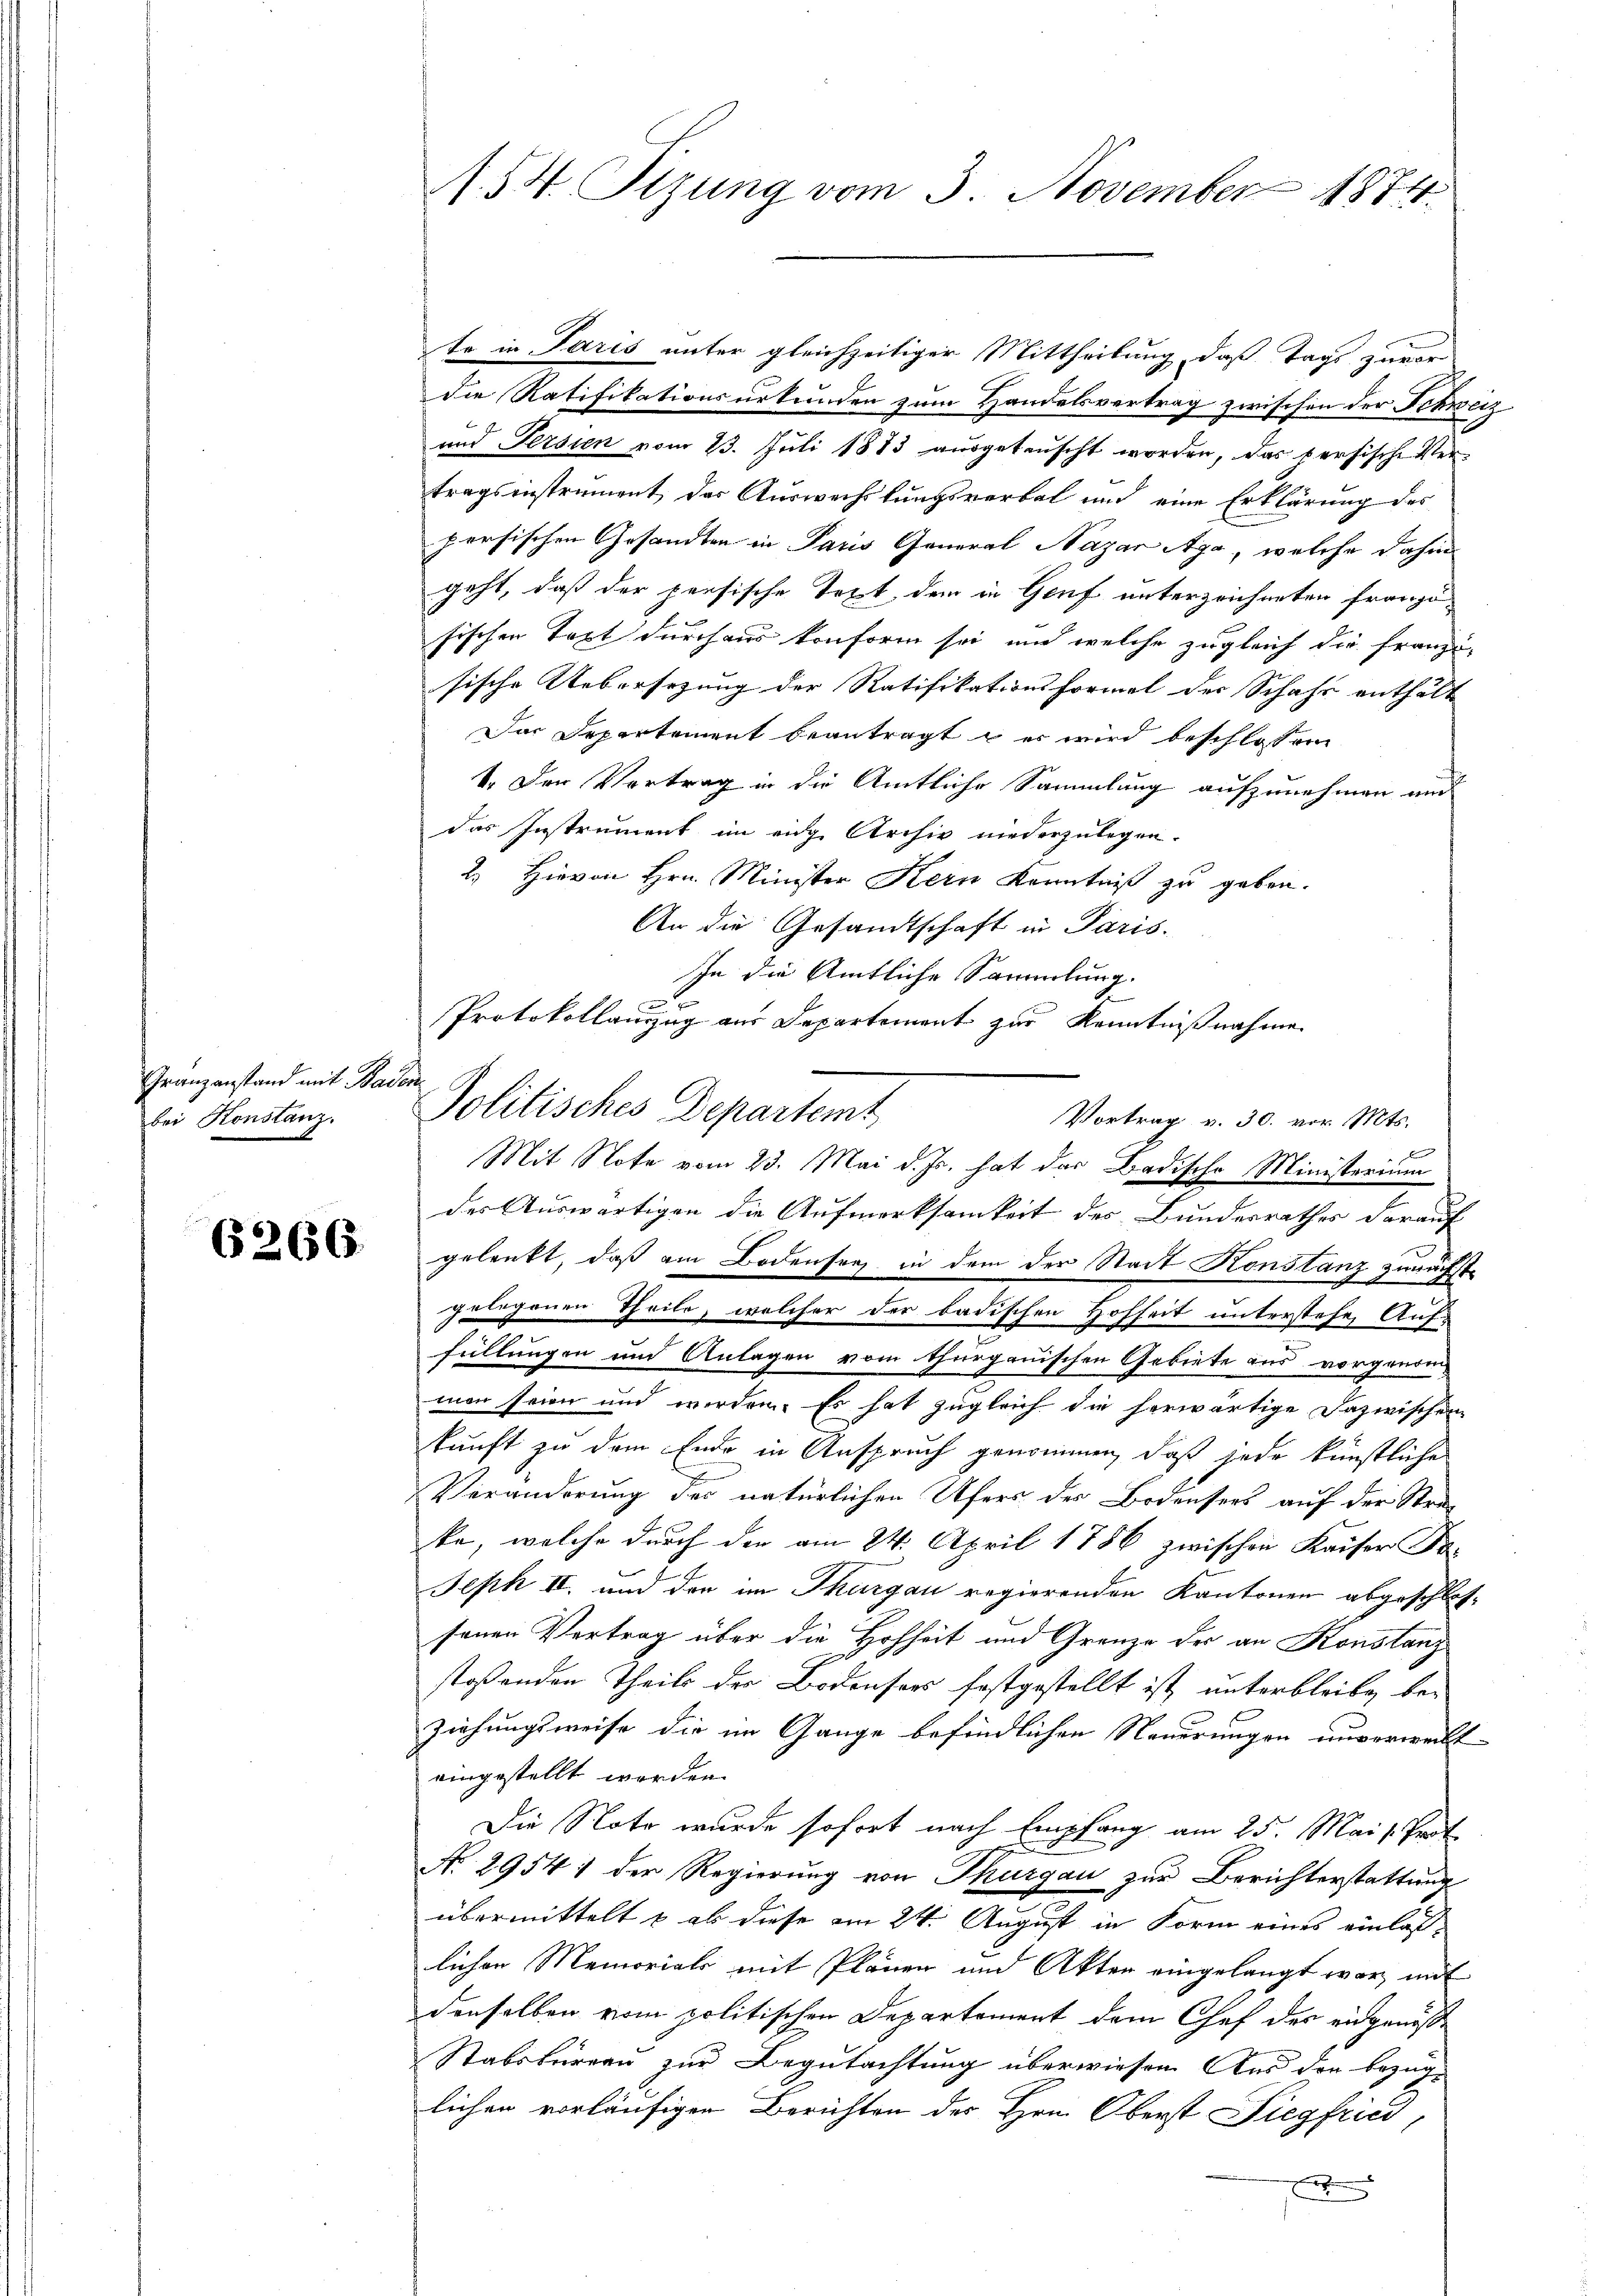
Granzanstand mit Bar.
bei Konstanz.

6266.

1. 54. Sizung vom 3. November 1874.

te in Paris unter gleichzeitiger Mittheilung, daß Tags zuvor
die Ratifikationsurkunden zum Handelsvertrag zwischen der Schweiz
und Persien vom 23. Juli 1883 ausgetauscht worden, das versische Vertragsinstrument, das Auswechslungsverbal und eine Erklärung des
persischen Gesandten in Paris General Nazar Aga, welche dahin
geht, daß der persische Text, dem in Genf unterzeichneten französischen Text durchaus konform sei, und welche zugleich die franzisische Uebersezung der Ratifikationsformel der Schaft enthält
Das Departement beantragt, er wird beschlossen
1. Der Vertrag in die Amtliche Sammlung aufzunehmen und
das Instrument im eidge Archiv niederzulegen.
2.) Hievon Hrn. Minister Kern Kenntniß zu geben.
An die Gesandtschaft in Paris.
In die Amtliche Sammlung
Protokollauszug aus Departement zur Kenntnißnahme
Politisches Departemt
Vortrag v. 30. vor. Mts.
Mit Note vom 23. Mai d. Js. hat das Badische Ministerium
der Auswärtigen die Aufmerksamkeit des Bundesrathes darauf
gelenkt, daß am Bodensen in dem der Stadt Konstanz zunächstgelegenen Theile, welcher der badischen Hofheit unterstehe, Auffüllungen und Anlagen vom Thurgauischen Gebiete aus vorgenommon seien und werden. Es hat zugleich die herwärtige Dazwischen
kunft zu dem Ende in Anspruch genommen, daß jede künstliche
Veränderung der natürlichen Ufers der Bodensers auf der Strake, welche durch den am 24. April 1786 zwischen Kaiser Fa¬
Jeph II. und der im Thurgau regierenden Kantonen abgeschlossenen Vertrag über die Hohheit und Grenze der an Konstanz
stoßenden Theils der Bodensers festgestellt ist, unterbleibe bei
ziehungsweise die im Gange befindlichen Neuerungen unverweicht-
eingestellt worden.
Die Note wurde sofort nach Empfang am 25. Mai v. Prof.
No 2954. der Regierung von Thurgau zur Berichterstattung
übermittelt u ob diese am 24. August in Form eines einlaslichen Memoriali mit Pläner und Akter eingelangt war, mit
denselben vom politischen Departement dem Chef des eidgenöß¬
Stabsbureau zur Begutachtung überwiesen. Aus der bezüg-
lichen vorläufigen Berichten des Hrn. Oberst Siegfried,
x